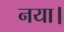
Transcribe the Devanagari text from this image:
नया।